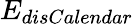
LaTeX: E_{disCalendar}